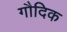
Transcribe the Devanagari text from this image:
गौदिक